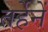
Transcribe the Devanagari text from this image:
तर्हेनें